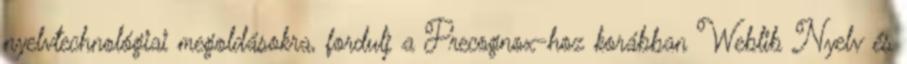
nyelvtechnológiai megoldásokra, fordulj a Precognox-hoz korábban Weblib Nyelv és